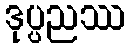
ဒုပ္ပညဿ